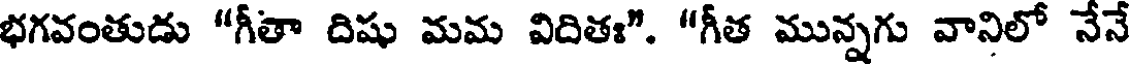
భగవంతుడు "గీతా దిషు మమ విదితః". "గీత మున్నగు వానిలో నేనే